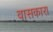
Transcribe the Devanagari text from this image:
वासकारा